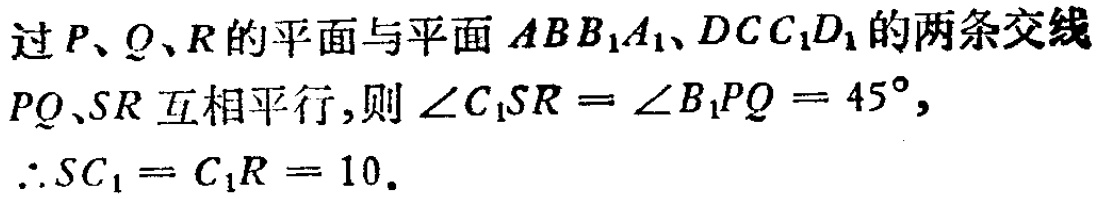
过\(P、Q、R\)的平面与平面\(ABB_{1}A_{1}、DCC_{1}D_{1}\)的两条交线

\(PQ、SR\)互相平行,则\(\angle C_{1}SR = \angle B_{1}PQ = 45^{\circ},\)

\(\therefore SC_{1} = C_{1}R = 10.\)